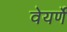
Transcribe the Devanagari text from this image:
वेयर्णे